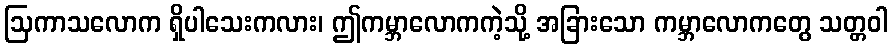
ဩကာသလောက ရှိပါသေးကလား၊ ဤကမ္ဘာလောကကဲ့သို့ အခြားသော ကမ္ဘာလောကတွေ သတ္တဝါ